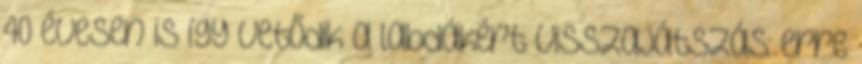
40 évesen is így vetődik a labdákért Visszajátszás: erre